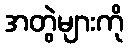
အတွဲများကို